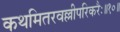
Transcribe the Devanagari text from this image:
कथमितरवल्लीपरिकरैः॥१०॥